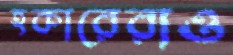
হকারেরাও